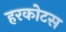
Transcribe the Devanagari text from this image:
हरकोटस